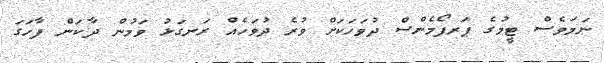
ނަމަވެސް ޓީމުގެ ޕަރފޯމެންސް ދުވަހަކަށް ވުރެ ދުވަހެއް ރަނގަޅު ވަމުން ދާކަން ފާހަގަ